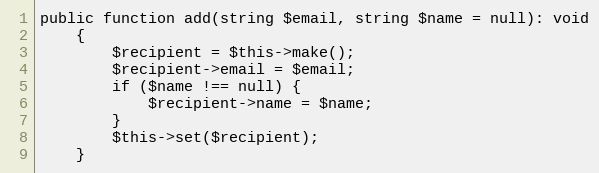
Language: PHP
public function add(string $email, string $name = null): void
    {
        $recipient = $this->make();
        $recipient->email = $email;
        if ($name !== null) {
            $recipient->name = $name;
        }
        $this->set($recipient);
    }